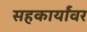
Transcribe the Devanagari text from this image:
सहकार्यांवर